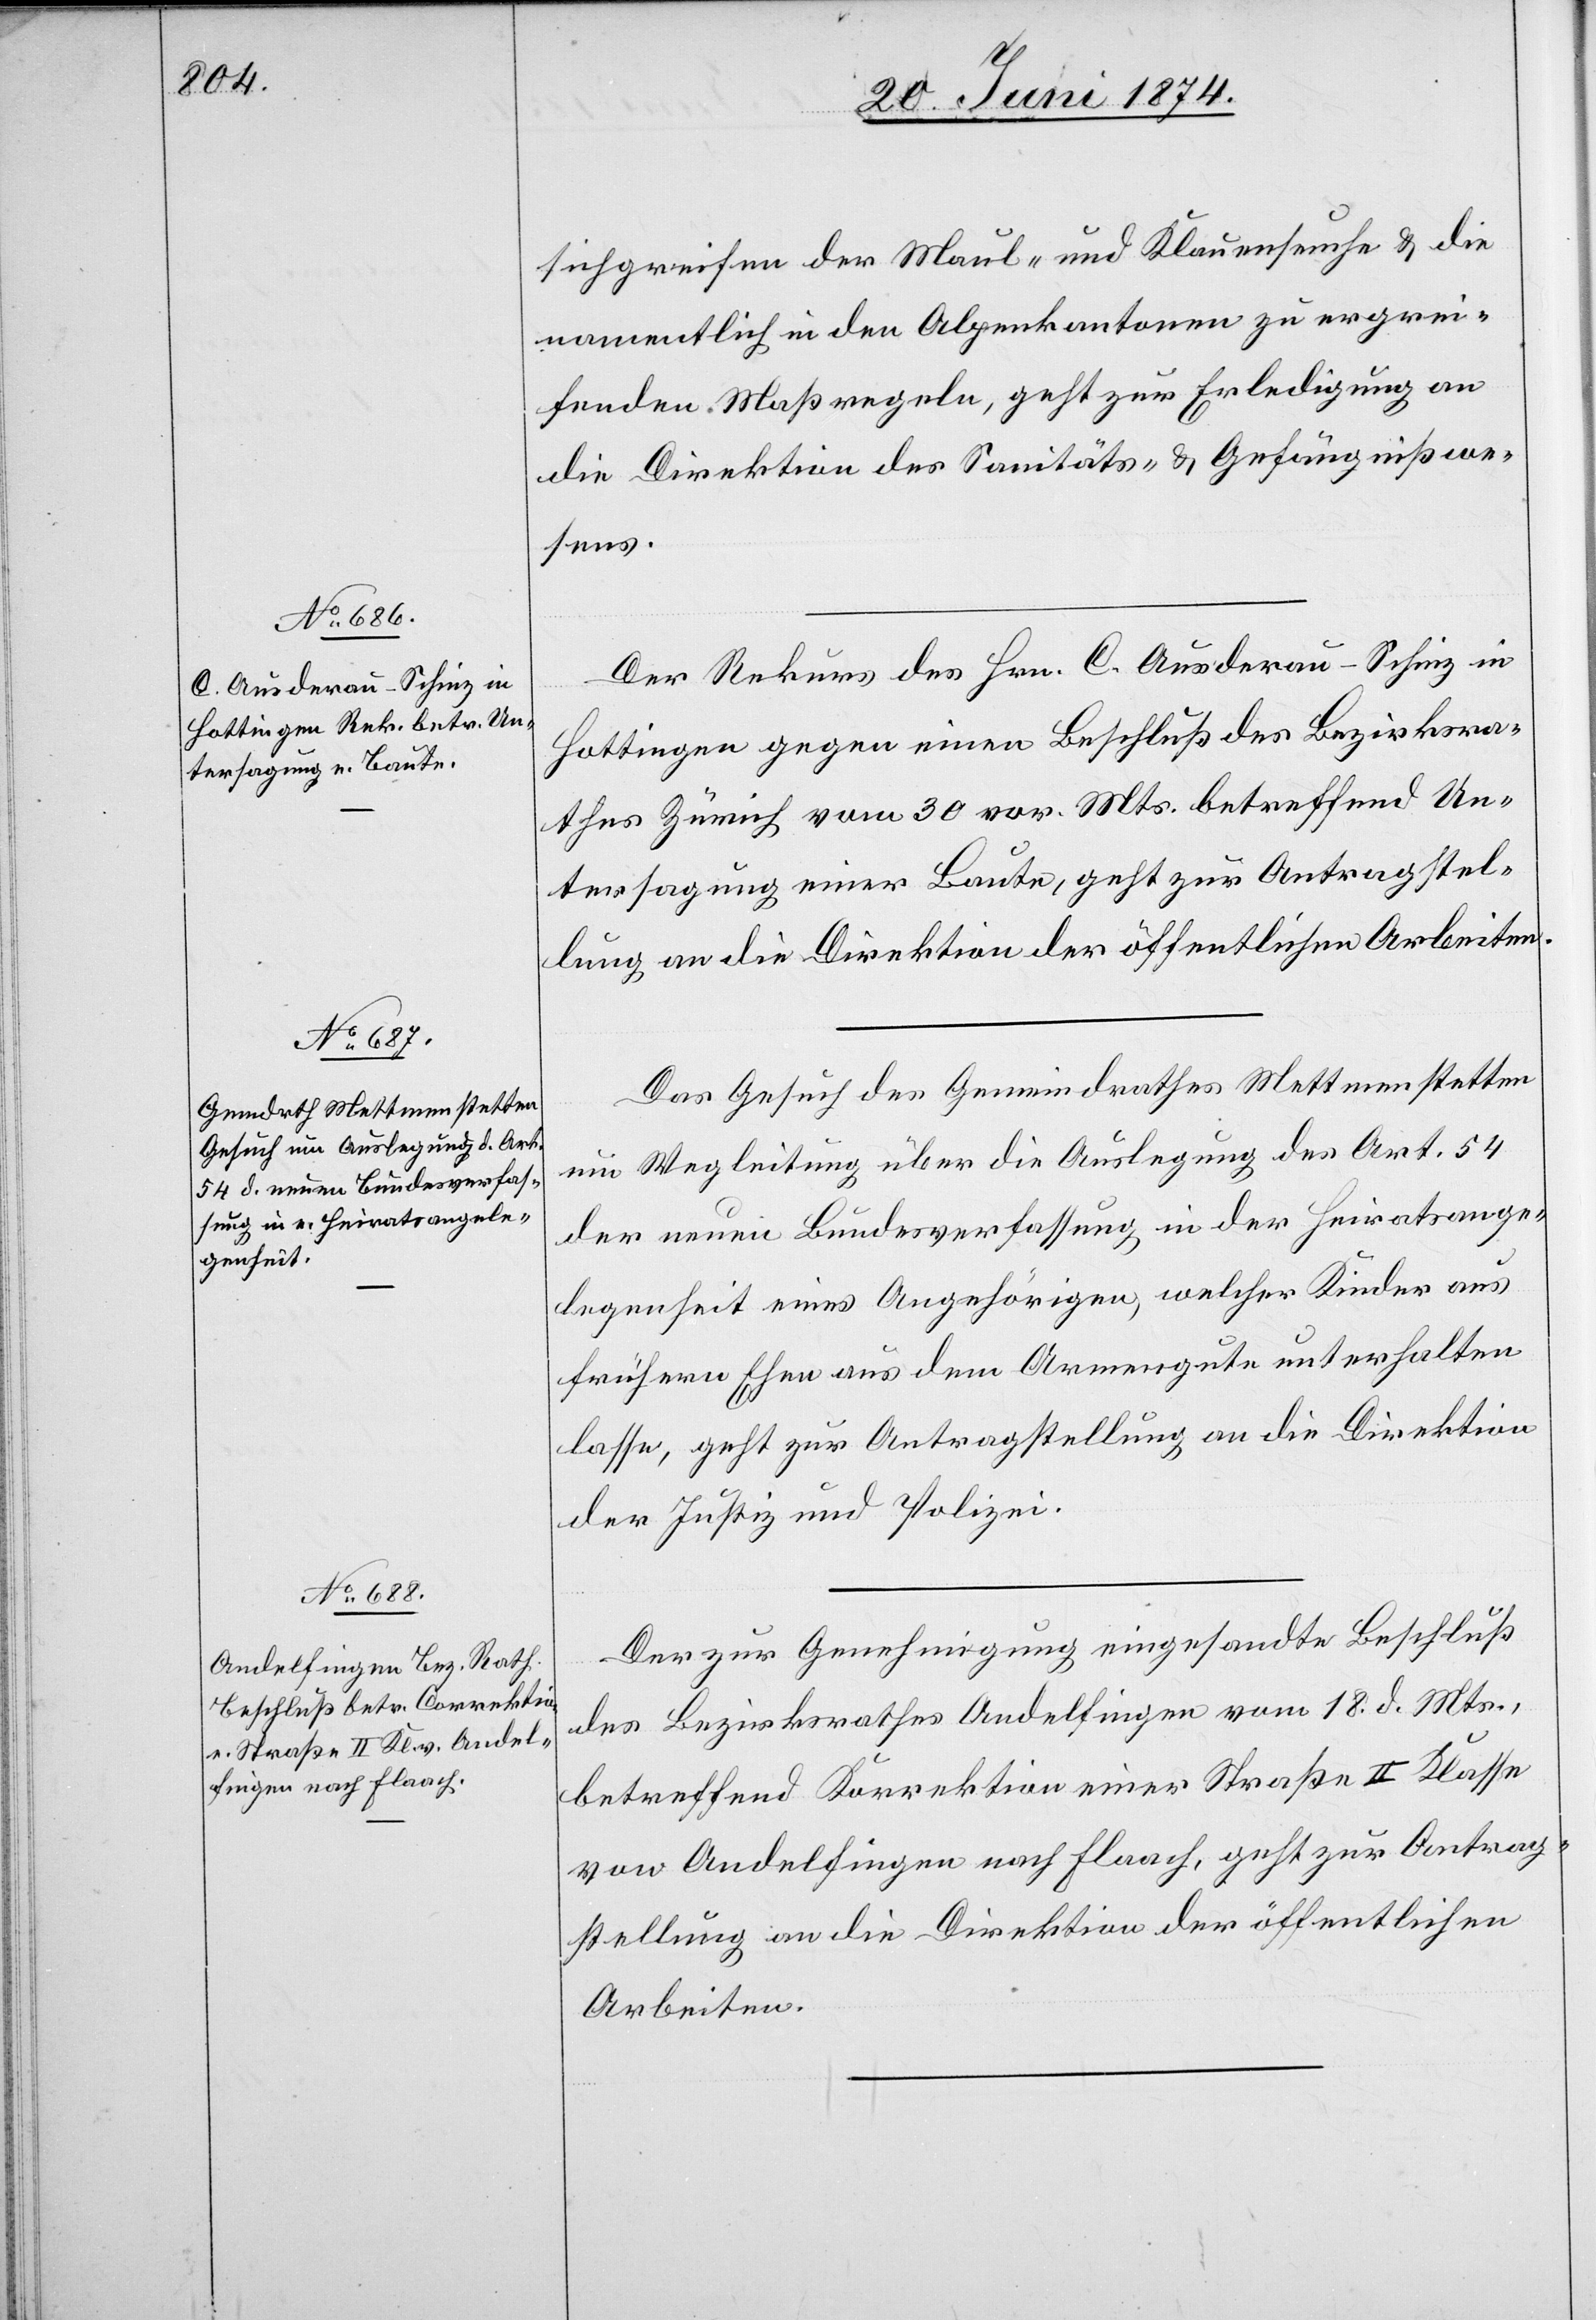
24. Juni 1874.]
sichgreifen der Maul- und Klauenseuche u. die
namentlich in den Alpenkantonen zu ergrei¬
fenden Maßregeln, geht zur Erledigung an
die Direktion des Sanitäts- u. Gefängnißwe¬
sens.
Der Rekurs des Hrn. C. Ausderau-Schinz in
Hottingen gegen einen Beschluß des Bezirksra¬
thes Zürich vom 30. vor. Mts. betreffend Un¬
tersagung einer Baute, geht zur Antragstel¬
lung an die Direktion der öffentlichen Arbeiten.
Das Gesuch des Gemeindrathes Mettmenstetten
um Wegleitung über die Auslegung des Art. 54
der neuen Bundesverfassung in der Heiratsange¬
legenheit eines Angehörigen, welcher Kinder aus
frühern Ehen aus dem Armengute unterhalten
lasse, geht zur Antragstellung an die Direktion
der Justiz und Polizei.
Der zur Genehmigung eingesandte Beschluß
des Bezirksrathes Andelfingen vom 18. d. Mts.,
betreffend Korrektion einer Straße II Klasse
von Andelfingen nach Flaach, geht zur Antrag¬
stellung an die Direktion der öffentlichen
Arbeiten.